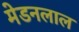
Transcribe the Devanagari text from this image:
मेडनलाल